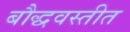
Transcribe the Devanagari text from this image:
बौद्धवस्तीत